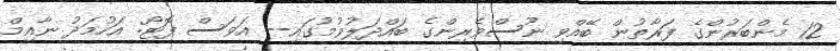
12 މެންބަރުންގެ ފަރާތުން ބޭއްވި ނޫސްވެރިންގެ ބައްދަލުވުމުގައި-- އަވަސް ފޮޓޯ: އަހުމަދު ނާއިމް